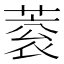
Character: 蓘